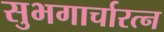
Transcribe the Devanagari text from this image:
सुभगार्चारत्न